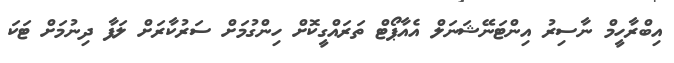
އިބްރާހީމް ނާސިރު އިންޓަނޭޝަނަލް އެއާޕޯޓް ތަރައްގީކޮށް ހިންގުމަށް ސަރުކާރަށް ލަފާ ދިނުމަށް ޓަކަ